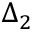
\Delta _ { 2 }